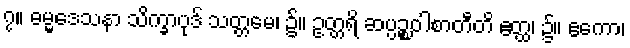
၇။ ဓမ္မဒေသနာ သိက္ခာပုဒ် သတ္တမေ၊ ၌။ ဥတ္တရိ ဆပ္ပဉ္စဝါစာတီတိ ဧတ္ထ၊ ၌။ ဧကော၊